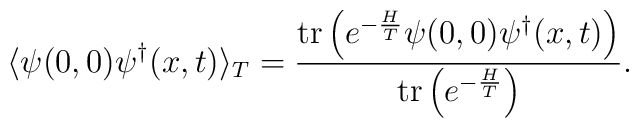
\langle\psi(0,0)\psi^\dagger(x,t)\rangle_T=\frac{\mathop{\rm tr}\nolimits\left(e^{-\frac{H}{T}}\psi(0,0)\psi^\dagger(x,t)\right)}{\mathop{\rm tr}\nolimits\left(e^{-\frac{H}{T}}\right)}.